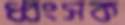
ধ্বংসক